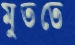
মুততে